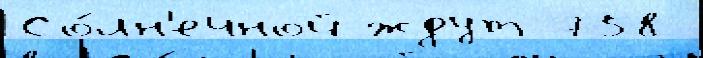
Со́лн'ечной ждут 758